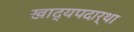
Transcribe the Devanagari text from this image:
खाद्यपदार्था